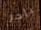
باجز